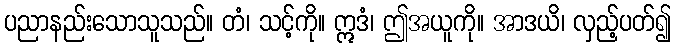
ပညာနည်းသောသူသည်။ တံ၊ သင့်ကို။ ဣဒံ၊ ဤအယူကို။ အာဒယိ၊ လှည့်ပတ်၍